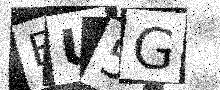
Text: EU5G